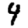
Digit: 4